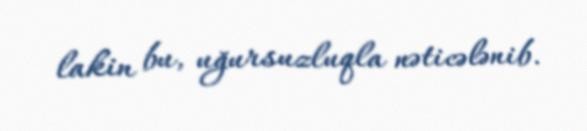
lakin bu, uğursuzluqla nəticələnib.